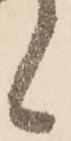
候